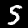
Digit: 5